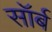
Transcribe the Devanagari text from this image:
सॉर्ब